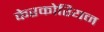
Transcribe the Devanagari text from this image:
केरकोरियन